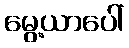
မွေ့ယာပေါ်